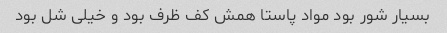
بسیار شور بود مواد پاستا همش کف ظرف بود و خیلی شل بود